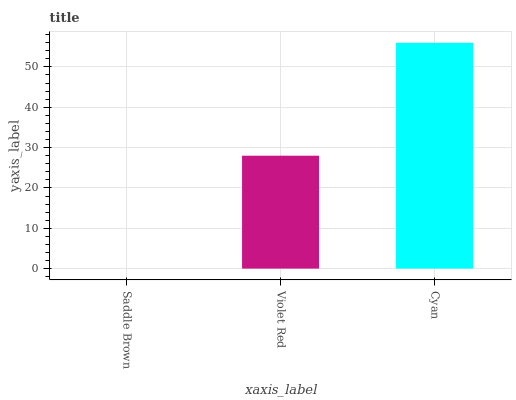
| xaxis_label | bars |
 | --- | --- |
 | Saddle Brown | 0 |
 | Violet Red | 28 |
 | Cyan | 56 |